Lunatic asylums Punjab 1868-1880 - 1868-1880
Year: 1868
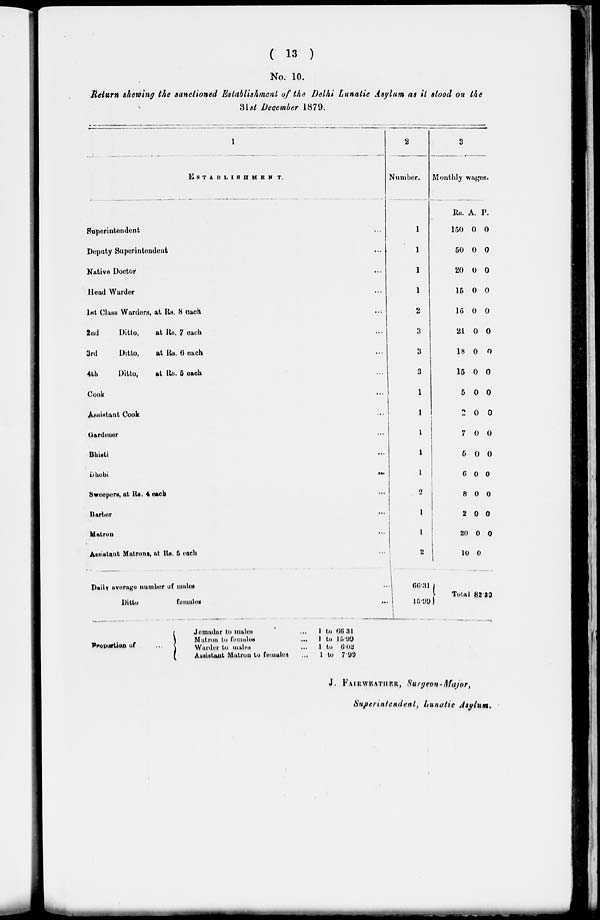
( 13 )
No. 10.
Return showing the sanctioned Establishment of the Delhi Lunatic Asylum as it stood on the
31st December 1879.
1
ESTABLISHMENT.
Superintendent
Deputy Superintendent
Native Doctor
Head Warder
1st
2nd
3rd
4th
Class Warders,
Ditto,
Ditto,
Ditto,
at Rs. 8 each
at Rs. 7 each
at Rs. 6 each
at Rs. 5 each
Cook
Assistant Cook
Gardener
Bhisti
Dhobi
Sweepers, at Rs. 4 each
Barber
Matron
Assistant Matrons, at Rs. 6 each
Daily average number of males
Ditto
females
...
...
...
...
...
...
...
...
...
...
...
...
...
...
...
..
...
2
Number.
1
1
1
1
2
3
8
3
1
1
1
1
1
0
1
1
2
66.31
15.90
3
Monthly wages.
Rs.
150
60
20
15
30
21
18
15
5
2
7
5
6
8
2
20
10
Total
A.
0
0
0
0
0
0
0
0
0
0
0
0
0
0
0
0
0
P.
0
0
0
0
0
0
0
0
0
0
0
0
0
0
0
0
82.30
Production of
...
Jemadar to males
Matron to females
Warder to males
Assistant Matron to females
...
...
...
...
1
1
1
1
to
to
to
to
66.31
15.99
6.02
7.90
J. FAIRWEATHER, Surgeon-Major,
Superintendent, Lunatic Asylum.